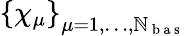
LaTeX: \left\{ \chi_{\mu}\right\} _{\mu=1,\dots,\mathbb{N}_{\mathrm{{~b~a~s~}}}}